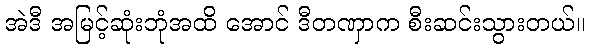
အဲဒီ အမြင့်ဆုံးဘုံအထိ အောင် ဒီတဏှာက စီးဆင်းသွားတယ်။